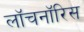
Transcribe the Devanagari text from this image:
लॉचनॉरिस